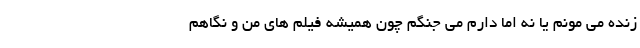
زنده می مونم یا نه اما دارم می جنگم چون همیشه فیلم های من و نگاهم